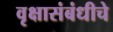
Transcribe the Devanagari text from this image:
वृक्षासंबंधीचे